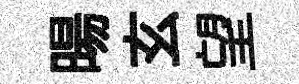
暘玄望